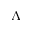
\Lambda